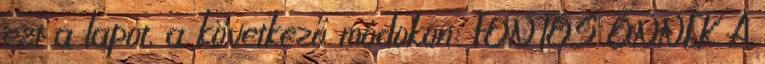
ezt a lapot, a következő módokon: FONTOS ÖNNEK A